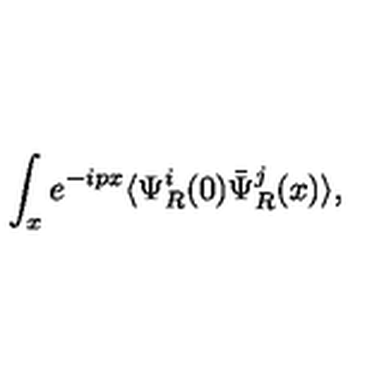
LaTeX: \int _ { x } e ^ { - i p x } \langle \Psi _ { R } ^ { i } ( 0 ) \bar { \Psi } _ { R } ^ { j } ( x ) \rangle ,